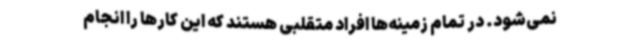
نمی‌شود. در تمام زمینه‌ها افراد متقلبی هستند که این کارها را انجام